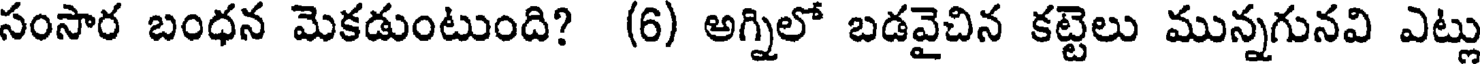
సంసార బంధన మెకడుంటుంది? (6) అగ్నిలో బడవైచిన కట్టెలు మున్నగునవి ఎట్లు